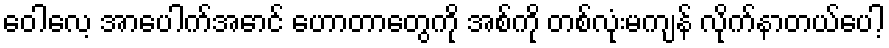
ဝေါလေ့ အာပေါက်အောင် ဟောတာတွေကို အစ်ကို တစ်လုံးမကျန် လိုက်နာတယ်ပေါ့